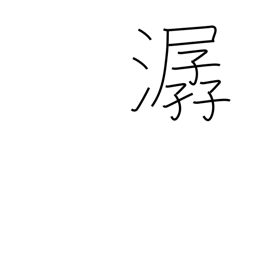
Meaning: sound of flowing water